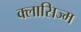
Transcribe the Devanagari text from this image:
क्लासिज्म